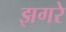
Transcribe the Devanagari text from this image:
झगरे